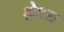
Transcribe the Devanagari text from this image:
श्रेध्य